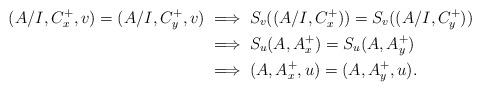
LaTeX: \begin{align*}(A/I,C_x^+,v)=(A/I,C_y^+,v)&\implies S_v((A/I,C_x^+))=S_v((A/I,C_y^+))\\&\implies S_u(A,A_x^+)=S_u(A,A_y^+)\\&\implies (A,A_x^+,u)=(A,A_y^+,u).\end{align*}